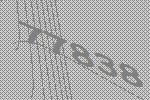
77838